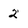
Character: 2